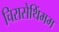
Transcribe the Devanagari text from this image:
चिरासेथिंमम